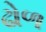
ઢોળ